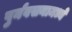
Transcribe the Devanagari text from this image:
पुर्नवसनामध्ये